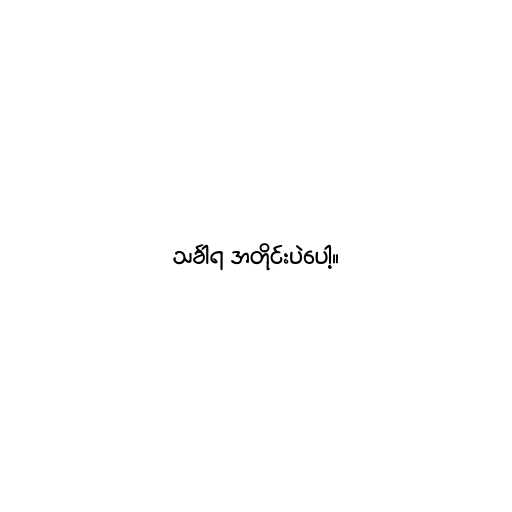
သင်္ခါရ အတိုင်းပဲပေါ့။